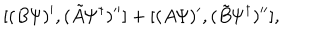
LaTeX: [ ( B { \mit \Psi } ) ^ { \prime } , ( \tilde { A } { \mit \Psi } ^ { \dagger } ) ^ { \prime \prime } ] + [ ( A { \mit \Psi } ) ^ { \prime } , ( \tilde { B } { \mit \Psi } ^ { \dagger } ) ^ { \prime \prime } ] ,